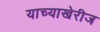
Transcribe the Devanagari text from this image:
याच्याखेरीज